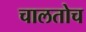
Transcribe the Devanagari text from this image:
चालतोच